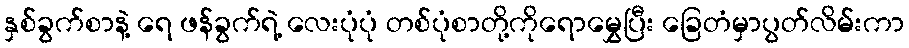
နှစ်ခွက်စာနဲ့ ရေ ဖန်ခွက်ရဲ့ လေးပုံပုံ တစ်ပုံစာတို့ကိုရောမွှေပြီး ခြေတံမှာပွတ်လိမ်းကာ